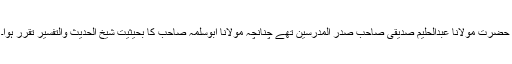
حضرت مولانا عبدالحلیم صدیقی صاحب صدر المدرسین تھے چنانچہ مولانا ابوسلمہ صاحب کا بحیثیت شیخ الحدیث والتفسیر تقرر ہوا۔